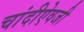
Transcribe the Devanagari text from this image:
चांदीऐवजी